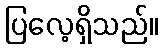
ပြလေ့ရှိသည်။